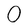
Character: 0